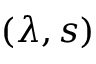
( \lambda , s )